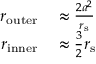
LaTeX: \begin{array} { r l } { r _ { \mathrm { o u t e r } } } & { { } \approx { \frac { 2 a ^ { 2 } } { r _ { \mathrm { { s } } } } } } \\ { r _ { \mathrm { i n n e r } } } & { { } \approx { \frac { 3 } { 2 } } r _ { \mathrm { { s } } } } \end{array}